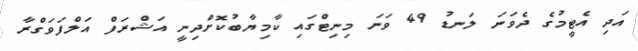
އަދި އެޓީމުގެ ދެވަނަ ލަނޑު 49 ވަނަ މިނިޓްގައި ކާމިޔާބުކޮށްދިނީ އަޝްރަފް އަލްފަވަގްރާ